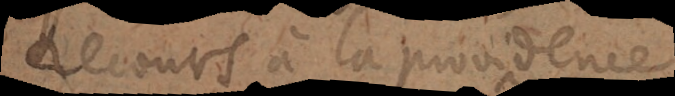
recours à la providence.